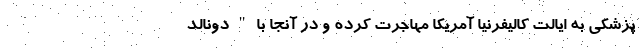
پزشکی به ایالت کالیفرنیا آمریکا مهاجرت کرده و در آنجا با " دونالد